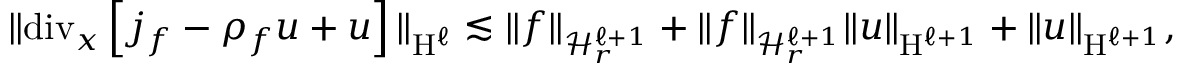
\begin{array} { r } { \Vert \mathrm { d i v } _ { x } \left[ j _ { f } - \rho _ { f } u + u \right] \Vert _ { \mathrm { H } ^ { \ell } } \lesssim \Vert f \Vert _ { \mathcal { H } _ { r } ^ { \ell + 1 } } + \Vert f \Vert _ { \mathcal { H } _ { r } ^ { \ell + 1 } } \Vert u \Vert _ { \mathrm { H } ^ { \ell + 1 } } + \Vert u \Vert _ { \mathrm { H } ^ { \ell + 1 } } , } \end{array}